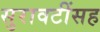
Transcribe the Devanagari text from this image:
सुरावटींसह